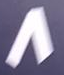
8